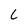
Character: L